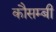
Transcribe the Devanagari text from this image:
कौसम्बी